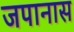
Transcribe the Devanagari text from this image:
जपानास